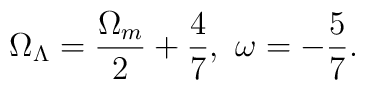
\Omega_{\Lambda}=\frac{\Omega_m}{2}+\frac{4}{7},\ \omega =-\frac{5}{7}.